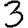
Digit: 3